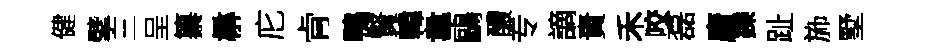
健擘三呈纂楙庀肻鴨賢韓韋鷗醲专謫責禾咬磊廣鑠趾斾墅